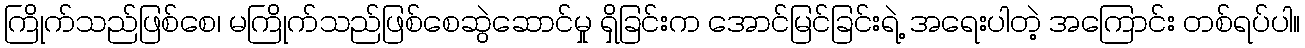
ကြိုက်သည်ဖြစ်စေ၊ မကြိုက်သည်ဖြစ်စေဆွဲဆောင်မှု ရှိခြင်းက အောင်မြင်ခြင်းရဲ့ အရေးပါတဲ့ အကြောင်း တစ်ရပ်ပါ။